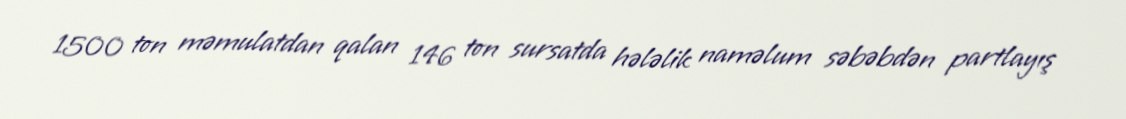
1500 ton məmulatdan qalan 146 ton sursatda hələlik naməlum səbəbdən partlayış